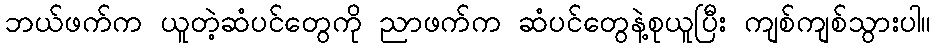
ဘယ်ဖက်က ယူတဲ့ဆံပင်တွေကို ညာဖက်က ဆံပင်တွေနဲ့စုယူပြီး ကျစ်ကျစ်သွားပါ။